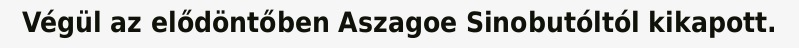
Végül az elődöntőben Aszagoe Sinobutóltól kikapott.